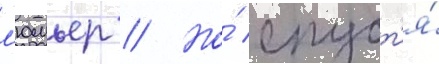
л'юмьер // Но́ спуст'я́